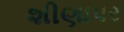
શીણાપર